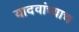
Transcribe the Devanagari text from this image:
यादवांच्याच